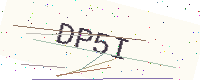
Text: DP5I